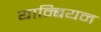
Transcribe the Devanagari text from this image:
यान्बियन